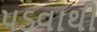
પડવાથી